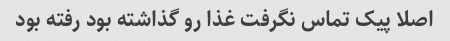
اصلا پیک تماس نگرفت غذا رو گذاشته بود رفته بود